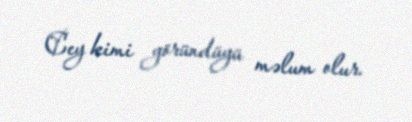
Cey kimi göründüyü məlum olur.